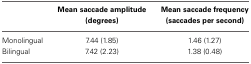
|  | Mean saccade amplitude (degrees) | Mean saccade frequency (saccades per second) |
 | --- | --- | --- |
 | Monolingual | 7.44 (1.85) | 1.46 (1.27) |
 | Bilingual | 7.42 (2.23) | 1.38 (0.48) |